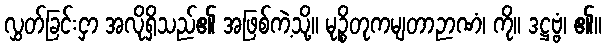
လွှတ်ခြင်းငှာ အလိုရှိသည်၏ အဖြစ်ကဲ့သို့။ မုဉ္စိတုကမျတာဉာဏံ၊ ကို။ ဒဋ္ဌဗ္ဗံ၊ ၏။